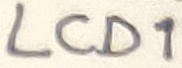
Text: LCD1